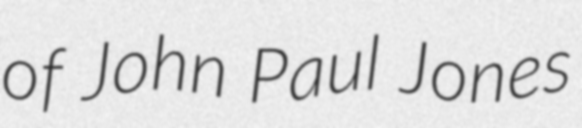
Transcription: of John Paul Jones